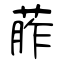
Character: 葄